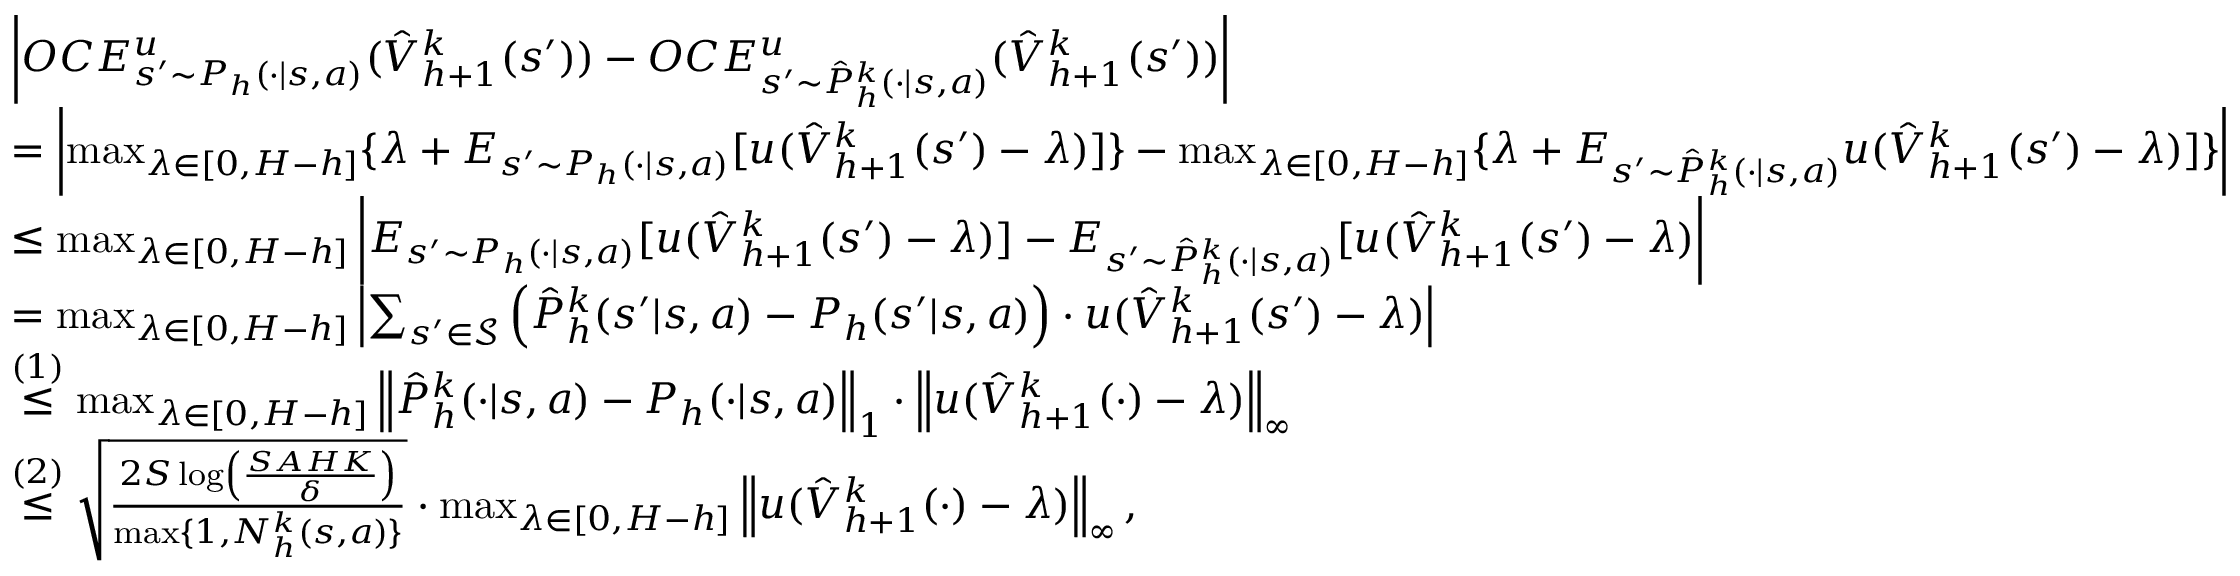
\begin{array} { r l } & { \left| O C E _ { s ^ { \prime } \sim P _ { h } ( \cdot \vert s , a ) } ^ { u } ( \hat { V } _ { h + 1 } ^ { k } ( s ^ { \prime } ) ) - O C E _ { s ^ { \prime } \sim \hat { P } _ { h } ^ { k } ( \cdot \vert s , a ) } ^ { u } ( \hat { V } _ { h + 1 } ^ { k } ( s ^ { \prime } ) ) \right| } \\ & { = \left| \operatorname* { m a x } _ { \lambda \in [ 0 , H - h ] } \{ \lambda + E _ { s ^ { \prime } \sim P _ { h } ( \cdot \vert s , a ) } [ u ( \hat { V } _ { h + 1 } ^ { k } ( s ^ { \prime } ) - \lambda ) ] \} - \operatorname* { m a x } _ { \lambda \in [ 0 , H - h ] } \{ \lambda + E _ { s ^ { \prime } \sim \hat { P } _ { h } ^ { k } ( \cdot \vert s , a ) } u ( \hat { V } _ { h + 1 } ^ { k } ( s ^ { \prime } ) - \lambda ) ] \} \right| } \\ & { \leq \operatorname* { m a x } _ { \lambda \in [ 0 , H - h ] } \left| E _ { s ^ { \prime } \sim P _ { h } ( \cdot \vert s , a ) } [ u ( \hat { V } _ { h + 1 } ^ { k } ( s ^ { \prime } ) - \lambda ) ] - E _ { s ^ { \prime } \sim \hat { P } _ { h } ^ { k } ( \cdot \vert s , a ) } [ u ( \hat { V } _ { h + 1 } ^ { k } ( s ^ { \prime } ) - \lambda ) \right| } \\ & { = \operatorname* { m a x } _ { \lambda \in [ 0 , H - h ] } \left\vert \sum _ { s ^ { \prime } \in \mathcal { S } } \left( \hat { P } _ { h } ^ { k } ( s ^ { \prime } \vert s , a ) - P _ { h } ( s ^ { \prime } \vert s , a ) \right) \cdot u ( \hat { V } _ { h + 1 } ^ { k } ( s ^ { \prime } ) - \lambda ) \right\vert } \\ & { \overset { ( 1 ) } { \leq } \operatorname* { m a x } _ { \lambda \in [ 0 , H - h ] } \left\Vert \hat { P } _ { h } ^ { k } ( \cdot \vert s , a ) - P _ { h } ( \cdot \vert s , a ) \right\Vert _ { 1 } \cdot \left\Vert u ( \hat { V } _ { h + 1 } ^ { k } ( \cdot ) - \lambda ) \right\Vert _ { \infty } } \\ & { \overset { ( 2 ) } { \leq } \sqrt { \frac { 2 S \log \left( \frac { S A H K } { \delta } \right) } { \operatorname* { m a x } \{ 1 , N _ { h } ^ { k } ( s , a ) \} } } \cdot \operatorname* { m a x } _ { \lambda \in [ 0 , H - h ] } \left\Vert u ( \hat { V } _ { h + 1 } ^ { k } ( \cdot ) - \lambda ) \right\Vert _ { \infty } , } \end{array}